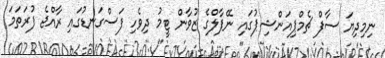
ނިމިދިޔަ ސާފް ޗެމްޕިއަންޝިޕުގައި ނޭޕާލްގެ ޒުވާން ޓީމު ދިވެހި ފަސްގަނޑުގައި ރާއްޖެ ފުރަތަމަ